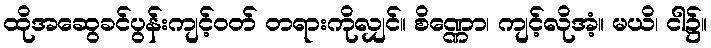
ထိုအဆွေခင်ပွန်းကျင့်ဝတ် တရားကိုလျှင်။ စိဏ္ဏော၊ ကျင့်လိုအံ့။ မယိ၊ ငါ၌။